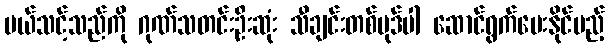
ပယ်သင့်သည်ကို ဂုဏ်သတင်းဦးဆုံး သီချင်းတစ်ပုဒ်ပါ ဆောင်ရွက်ပေးနိုင်မည့်